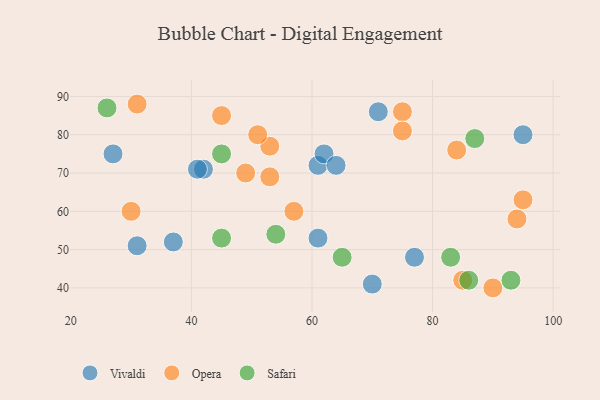
{"axis": {"x": "GDP", "y": "Life Expectancy"}, "legend": ["Opera", "Safari", "Vivaldi"], "data": [{"x": "42", "y": 71, "type": "Vivaldi"}, {"x": "61", "y": 72, "type": "Vivaldi"}, {"x": "71", "y": 86, "type": "Vivaldi"}, {"x": "62", "y": 75, "type": "Vivaldi"}, {"x": "64", "y": 72, "type": "Vivaldi"}, {"x": "95", "y": 80, "type": "Vivaldi"}, {"x": "70", "y": 41, "type": "Vivaldi"}, {"x": "31", "y": 51, "type": "Vivaldi"}, {"x": "61", "y": 53, "type": "Vivaldi"}, {"x": "41", "y": 71, "type": "Vivaldi"}, {"x": "77", "y": 48, "type": "Vivaldi"}, {"x": "37", "y": 52, "type": "Vivaldi"}, {"x": "27", "y": 75, "type": "Vivaldi"}, {"x": "75", "y": 86, "type": "Opera"}, {"x": "49", "y": 70, "type": "Opera"}, {"x": "84", "y": 76, "type": "Opera"}, {"x": "85", "y": 42, "type": "Opera"}, {"x": "53", "y": 77, "type": "Opera"}, {"x": "57", "y": 60, "type": "Opera"}, {"x": "30", "y": 60, "type": "Opera"}, {"x": "94", "y": 58, "type": "Opera"}, {"x": "31", "y": 88, "type": "Opera"}, {"x": "90", "y": 40, "type": "Opera"}, {"x": "95", "y": 63, "type": "Opera"}, {"x": "75", "y": 81, "type": "Opera"}, {"x": "51", "y": 80, "type": "Opera"}, {"x": "53", "y": 69, "type": "Opera"}, {"x": "45", "y": 85, "type": "Opera"}, {"x": "26", "y": 87, "type": "Safari"}, {"x": "54", "y": 54, "type": "Safari"}, {"x": "45", "y": 53, "type": "Safari"}, {"x": "93", "y": 42, "type": "Safari"}, {"x": "86", "y": 42, "type": "Safari"}, {"x": "87", "y": 79, "type": "Safari"}, {"x": "65", "y": 48, "type": "Safari"}, {"x": "83", "y": 48, "type": "Safari"}, {"x": "45", "y": 75, "type": "Safari"}]}